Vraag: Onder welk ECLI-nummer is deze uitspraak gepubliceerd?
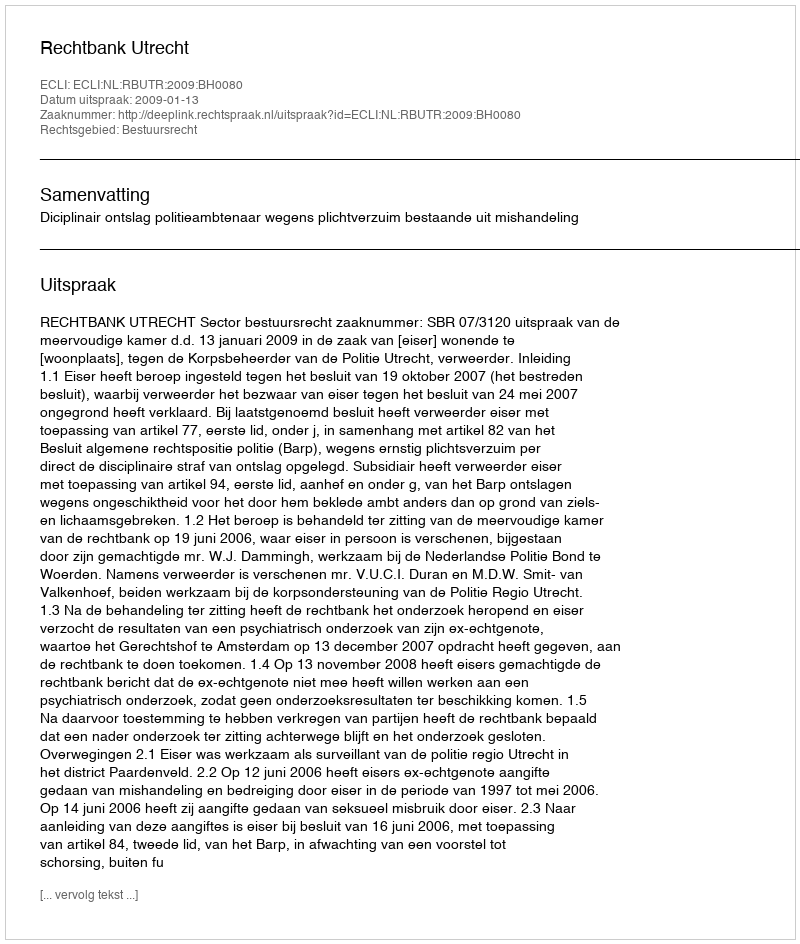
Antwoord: ECLI:NL:RBUTR:2009:BH0080